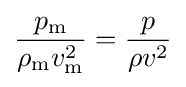
{\frac {p_{\text{m}}}{\rho _{\text{m}}v_{\text{m}}^{2}}}={\frac {p}{\rho v^{2}}}